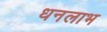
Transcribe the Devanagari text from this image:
धनलाभ